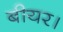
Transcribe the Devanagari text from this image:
बीयर।